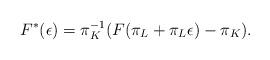
LaTeX: \begin{align*} F^*(\epsilon)=\pi_K^{-1}(F(\pi_L+\pi_L\epsilon)-\pi_K).\end{align*}